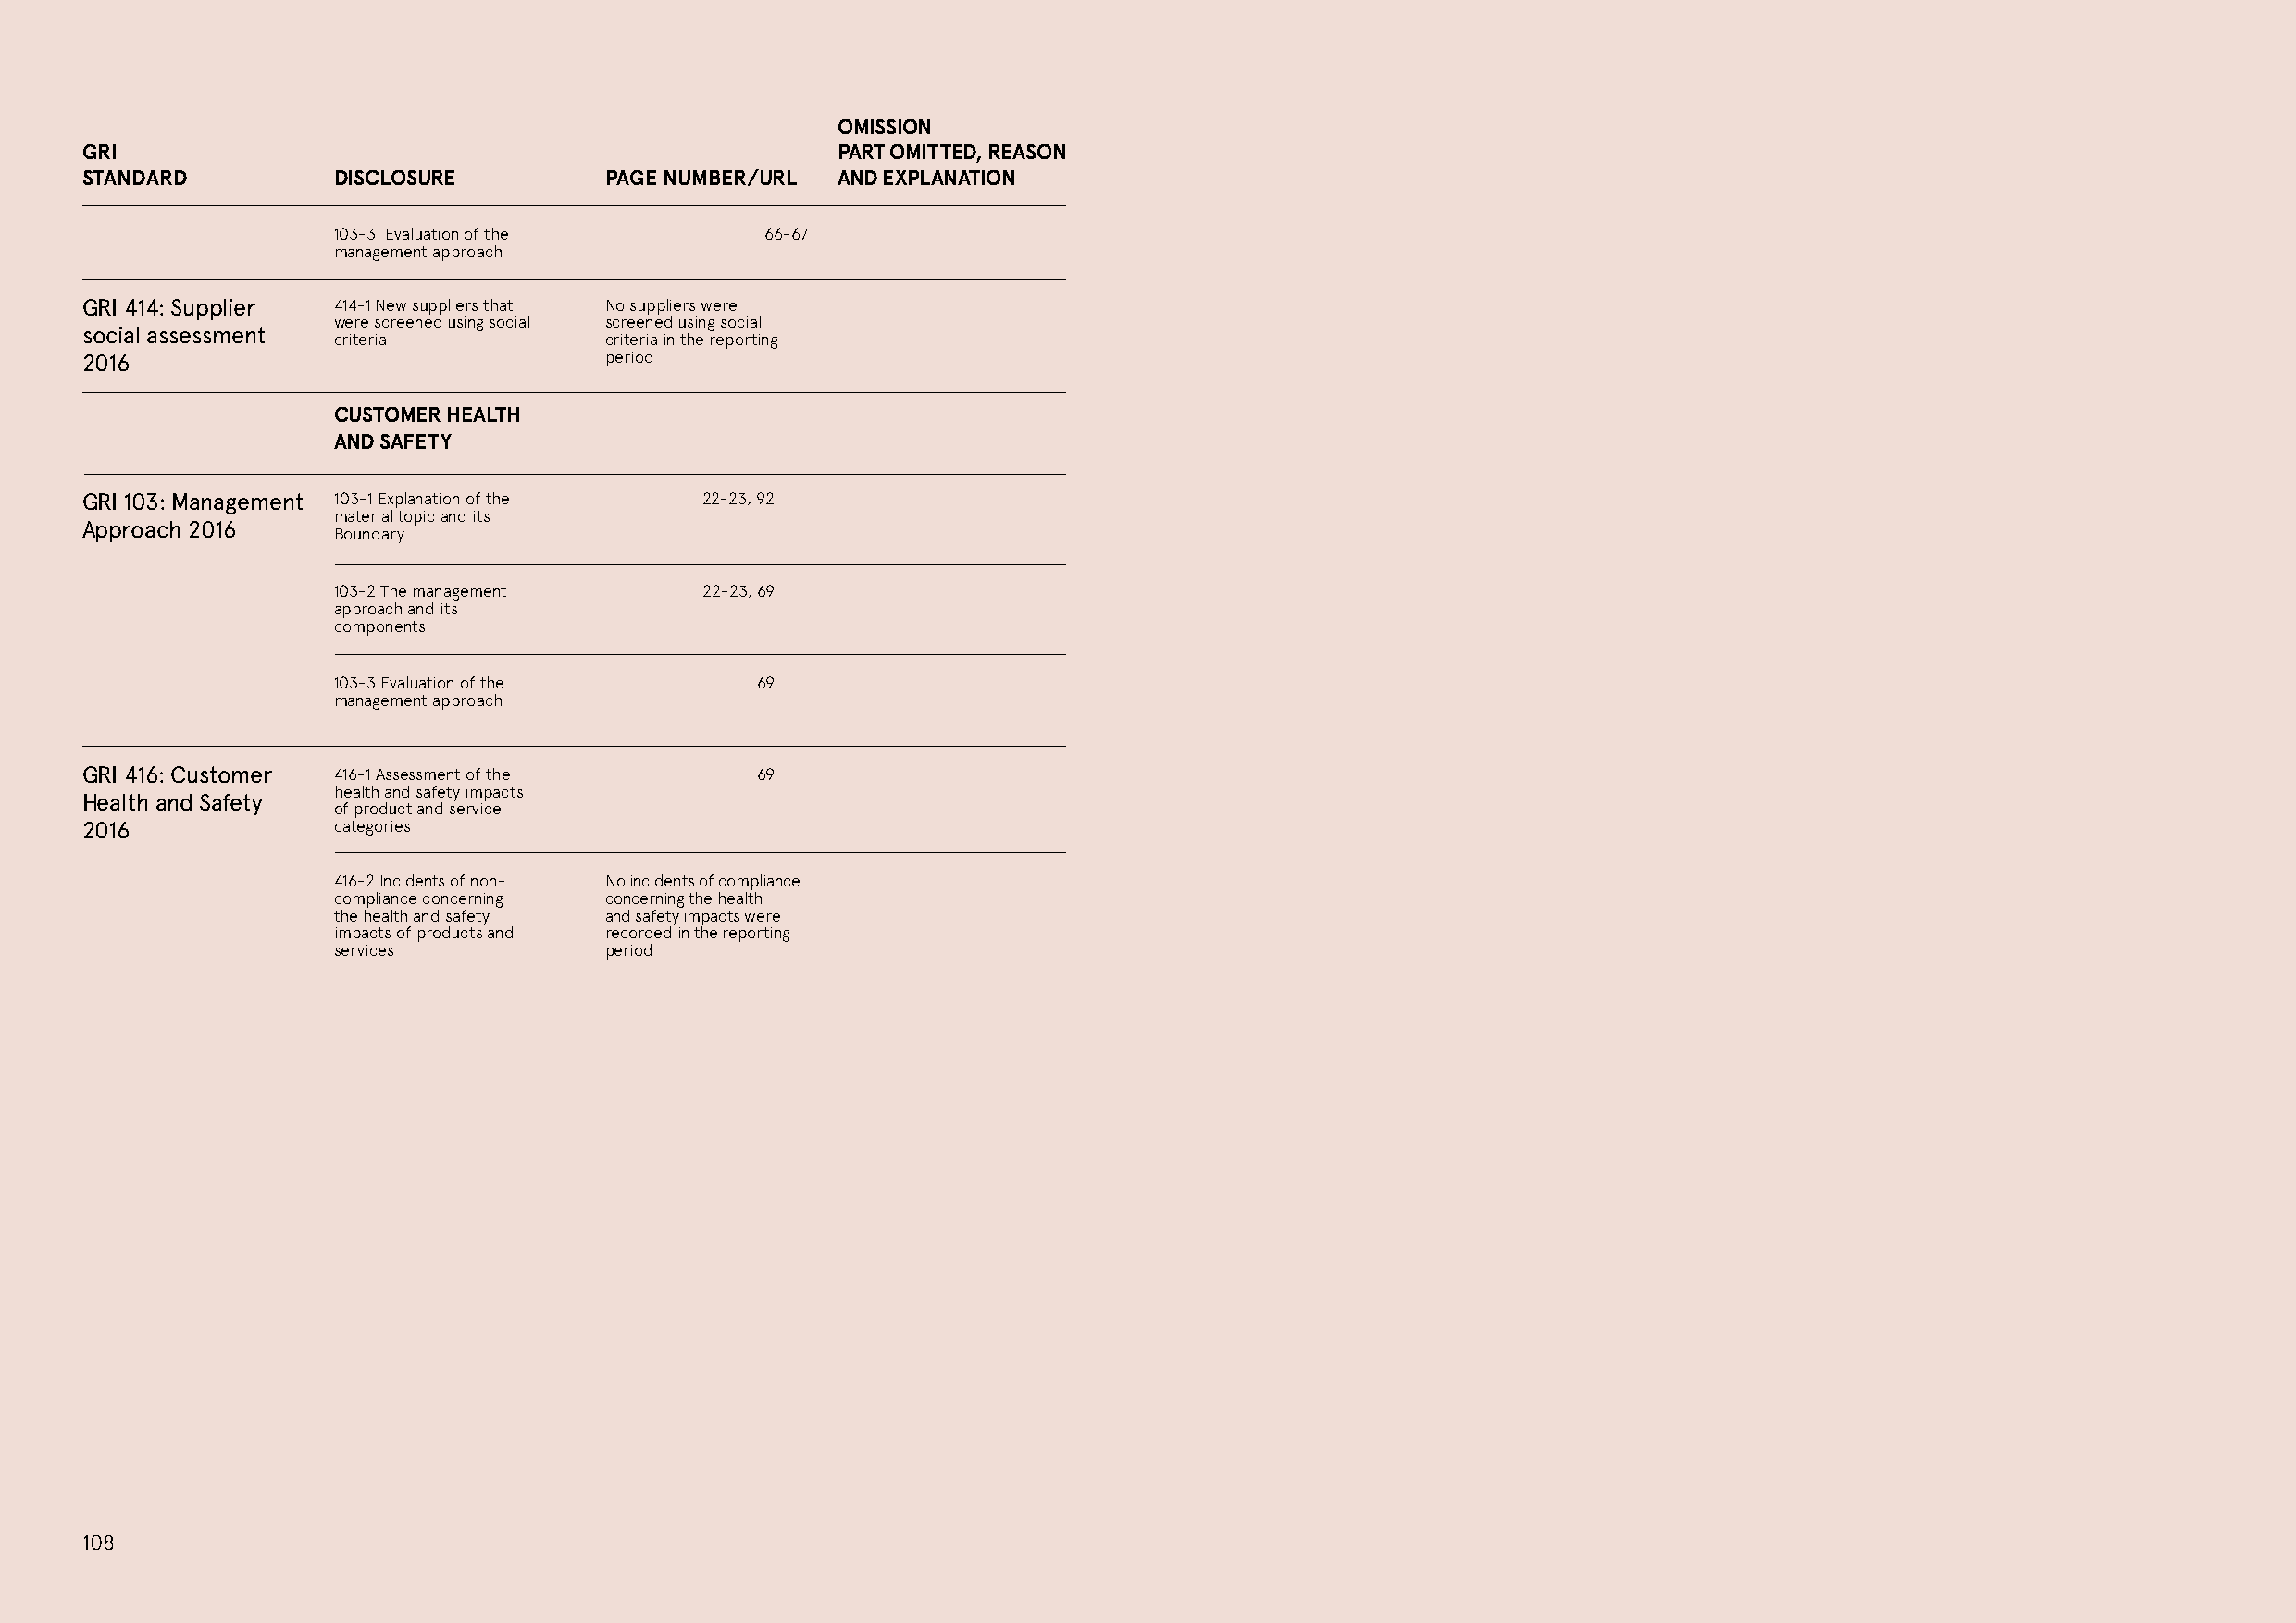
OMISSION
 GRI                                                   PART OMITTED, REASON
 STANDARD          DISCLOSURE         PAGE NUMBER/URL  AND EXPLANATION
 103-3 Evaluation of the        66-67
 management approach
 GRI 414: Supplier 414-1 New suppliers that No suppliers were
 were screened using social screened using social
 social assessment
 criteria           criteria in the reporting
 2016                                 period
 CUSTOMER HEALTH
 AND SAFETY
 GRI 103: Management 103-1 Explanation of the 22-23, 92
 material topic and its
 Approach 2016
 Boundary
 103-2 The management      22-23, 69
 approach and its
 components
 103-3 Evaluation of the       69
 management approach
 GRI 416: Customer 416-1 Assessment of the       69
 health and safety impacts
 Health and Safety
 of product and service
 2016              categories
 416-2 Incidents of non- No incidents of compliance
 compliance concerning concerning the health
 the health and safety and safety impacts were
 impacts of products and recorded in the reporting
 services           period
 108